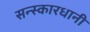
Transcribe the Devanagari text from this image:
सन्स्कारधानी